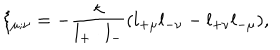
\xi _ { \mu ; \nu } = - \frac { \kappa } { l _ { + } \cdot l _ { - } } ( l _ { + \mu } l _ { - \nu } - l _ { + \nu } l _ { - \mu } ) ,